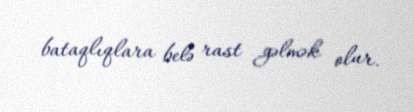
bataqlıqlara belə rast gəlmək olur.